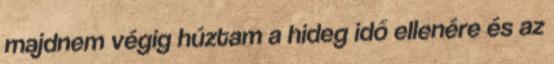
majdnem végig húztam a hideg idő ellenére és az